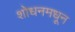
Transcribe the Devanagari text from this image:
शोधनमधून